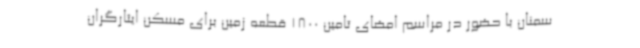
سمنان با حضور در مراسم امضای تامین 1800 قطعه زمین برای مسکن ایثارگران